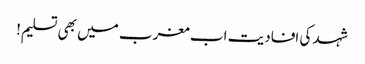
شہد کی افادیت اب مغرب میں بھی تسلیم!